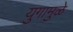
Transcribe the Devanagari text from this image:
युगामुळे